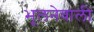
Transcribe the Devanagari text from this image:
भूलनेवाली